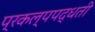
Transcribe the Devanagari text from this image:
प्रकल्पपद्धती